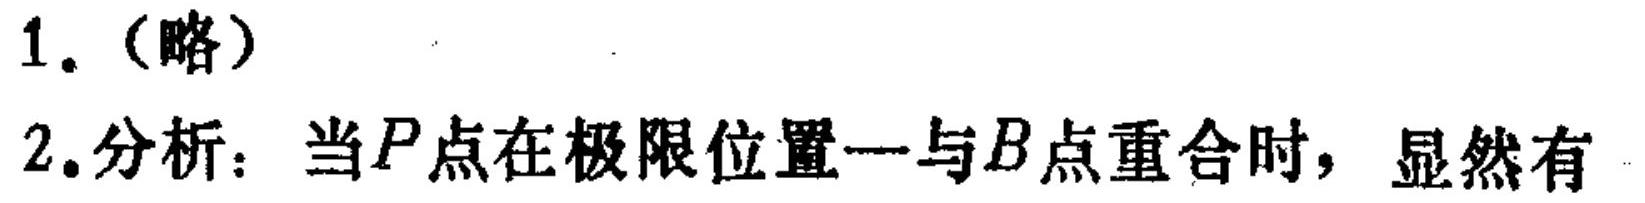
1.（略）
2.分析：当\(P\)点在极限位置一与\(B\)点重合时，显然有